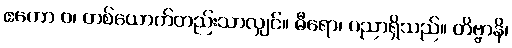
ဧကော ဝ၊ တစ်ယောက်တည်းသာလျှင်။ ဓီရော၊ ပညာရှိသည်။ တိဗ္ဗာနိ၊